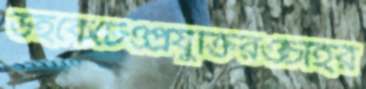
উইকেটেওপ্রযুক্তিরওচাইর